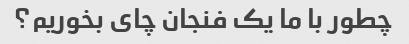
چطور با ما یک فنجان چای بخوریم؟